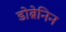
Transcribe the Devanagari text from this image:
डोब्रेनिन